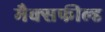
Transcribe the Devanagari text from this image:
मैक्सफील्ड